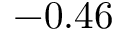
- 0 . 4 6